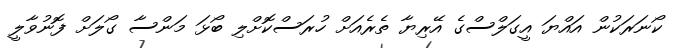
ކޯނަރަކުން އައްޔަ އީގަލްސްގެ އޭރިޔާ ތެރެއަށް ހުރަސްކޮށްލި ބޯޅަ މަންސާ ގޯލަށް ފޮނުވާލީ